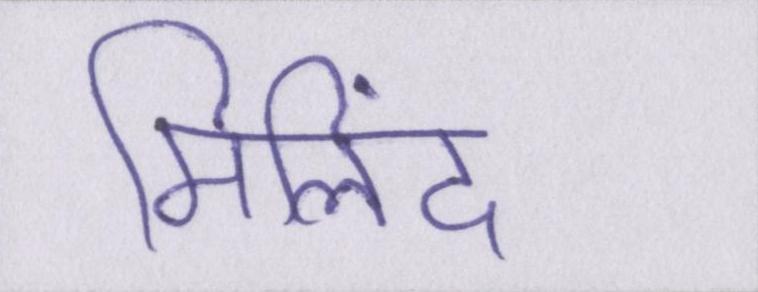
मिलिंद